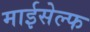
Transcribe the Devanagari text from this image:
माईसेल्फ